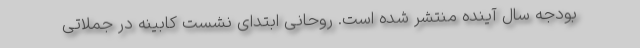
بودجه سال آینده منتشر شده است. روحانی ابتدای نشست کابینه در جملاتی